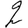
Digit: 2